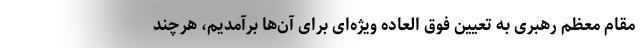
مقام معظم رهبری به تعیین فوق العاده ویژه‌ای برای آن‌ها برآمدیم، هرچند